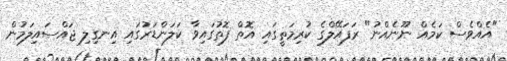
"އެއްވެސް ކަމެއް ނޫނެއްނު" ރަފައޭލްގެ ކުރިމަތީގައި އޮތް ފޮތުގައިވާ ކަލަންޑަރުގައި އިނގިލި ޖައްސައިލަމުން